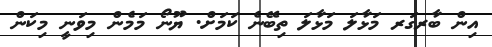
އިން ބާރގަރ މަޅާލަ މަޅާލަ ތިބޭނެ ކަމަށް. ޔޫނޯ މަމެން މިވަނީ މިކަން